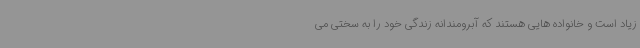
زیاد است و خانواده هایی هستند که آبرومندانه زندگی خود را به سختی می